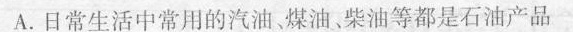
A.日常生活中常用的汽油，煤油，柴油等都是石油产品